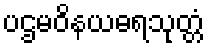
ပဌမဝိနယဓရသုတ္တံ